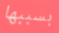
بسببها